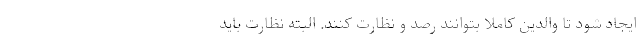
ایجاد شود تا والدین کاملا بتوانند رصد و نظارت کنند. البته نظارت باید